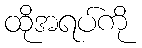
ထိုအရပ်ကို